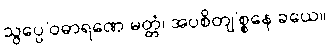
သွပ္ပေ’ဝဓာရဏေ မတ္တံ၊ အပစိတျ’စ္စနေ ခယေ။